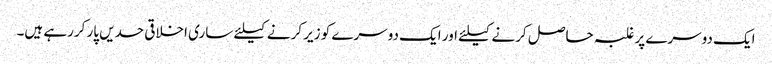
ایک دوسرے پر غلبہ حاصل کرنے کیلئے اور ایک دوسرے کو زیر کرنے کیلئے ساری اخلاقی حدیں پار کررہے ہیں۔